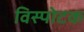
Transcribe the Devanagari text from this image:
विस्पोटक